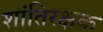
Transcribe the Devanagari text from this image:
शांतिरक्षक